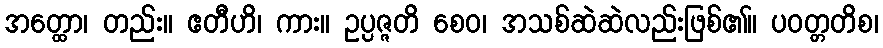
အတ္ထော၊ တည်း။ ဧတီဟိ၊ ကား။ ဥပ္ပဇ္ဇတိ စေဝ၊ အသစ်ဆဲဆဲလည်းဖြစ်၏။ ပဝတ္တတိစ၊